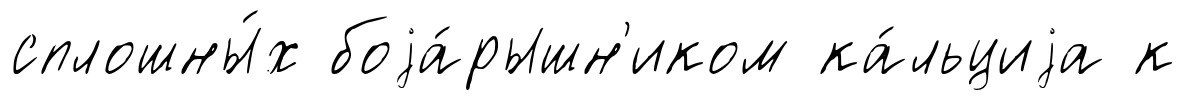
сплошны́х боjа́рышн'иком ка́льциjа к